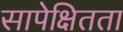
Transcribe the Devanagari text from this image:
सापेक्षितता